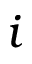
i